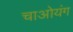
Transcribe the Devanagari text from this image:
चाओयंग